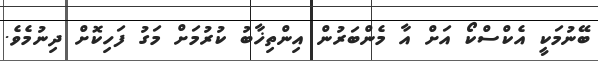
ބޭނުމަކީ އެކްސްކޯ އަށް އާ މެންބަރުން އިންތިޚާބު ކުރުމަށް މަގު ފަހިކޮށް ދިނުމެވެ.